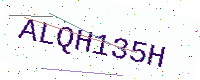
Text: ALQH135H